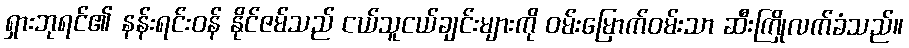
ရှားဘုရင်၏ နန်းရင်းဝန် နိုင်ဇမ်သည် ငယ်သူငယ်ချင်းများကို ဝမ်းမြောက်ဝမ်းသာ ဆီးကြိုလက်ခံသည်။